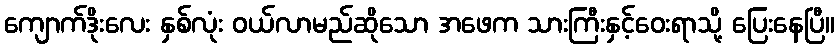
ကျောက်ဒိုးလေး နှစ်လုံး ဝယ်လာမည်ဆိုသော အဖေက သားကြီးနှင့်ဝေးရာသို့ ပြေးနေပြီ။